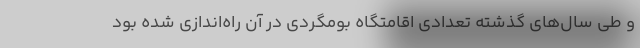
و طي سال‌هاي گذشته تعدادي اقامتگاه بومگردي در آن راه‌اندازي شده بود